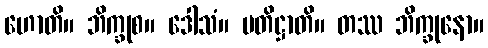
ဟောတိ။ ဘိက္ခုစ။ ဒေါသံ။ ပတိဋ္ဌာတိ။ တဿ ဘိက္ခုနော။